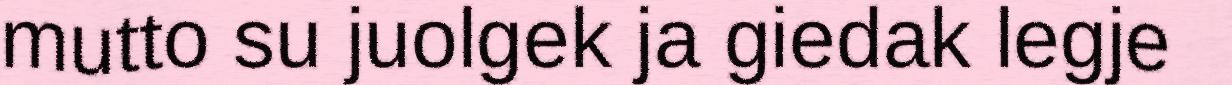
mutto su juolgek ja giedak legje